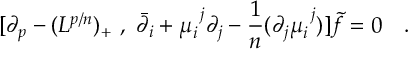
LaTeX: [ \partial _ { p } - ( L ^ { p / n } ) _ { + } \ , \ \bar { \partial } _ { i } + \mu _ { i } ^ { \ j } \partial _ { j } - { \frac { 1 } { n } } ( \partial _ { j } \mu _ { i } ^ { \ j } ) ] \tilde { f } = 0 \quad .